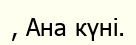
, Ана күні.